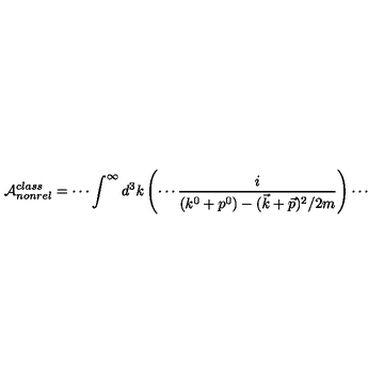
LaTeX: { \cal { A } } _ { n o n r e l } ^ { c l a s s } = \cdots \int ^ { \infty } d ^ { 3 } k \left( \cdots \frac { i } { ( k ^ { 0 } + p ^ { 0 } ) - ( \vec { k } + \vec { p } ) ^ { 2 } / 2 m } \right) \cdots